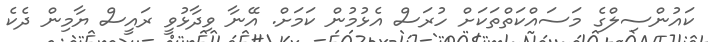
ކައުންސިލްގެ މަސައްކަތްތަކަށް ހުރަސް އެޅުމުން ކަމަށް. އޭނާ ވިދާޅުވީ ރައީސް ޔާމިން ދެކެ